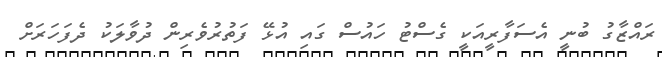
ރައްޒާގު ބުނީ އެސަފާރީއަކީ ގެސްޓު ހައުސް ގައި އުޅޭ ފަތުރުވެރިން ދުވާލަކު ދެފަހަރަށް